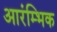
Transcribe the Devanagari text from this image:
आरंम्भिक